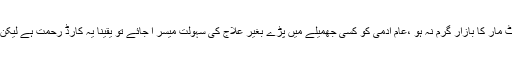
اگر تو انشورنس کا رجحان عام ہو جائے اور کمپنیوں کی ملی بھگت سے لوٹ مار کا بازار گرم نہ ہو ،عام آدمی کو کسی جھمیلے میں پڑے بغیر علاج کی سہولت میسر آ جائے تو یقیناً یہ کارڈ رحمت ہے لیکن عملاً جو صورتحال پیش آرہی ہے اسے دیکھا جائے تو سراسر زحمت ہے ۔